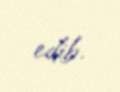
edib.